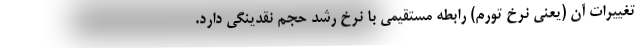
تغییرات آن (یعنی نرخ تورم) رابطه مستقیمی با نرخ رشد حجم نقدینگی دارد.